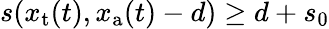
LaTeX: \begin{array}{r}{s(x_{\mathrm{t}}(t),x_{\mathrm{a}}(t)-d)\ge d+s_{0}}\end{array}